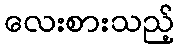
လေးစားသည့်